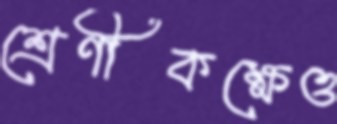
শ্রেণীকক্ষেও